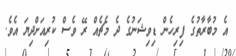
އެ މުބާރާތުގެ ފިރިހެން ޑިވިޝަނުގެ ދެ މެޗެއް ރޭ ވެސް ކުރިއަށްދިޔަ އެވެ.